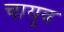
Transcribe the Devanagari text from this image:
चायुव